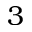
3